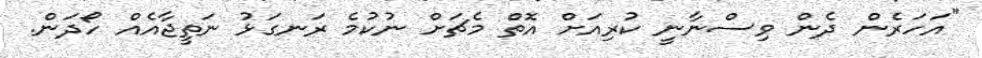
"އަހަރެން ދެން ވިސްނާނީ ކުރިއަށް އޮތް މެޗަށް ނުކުމެ ރަނގަޅު ނަތީޖާއެއް ހޯދަން.